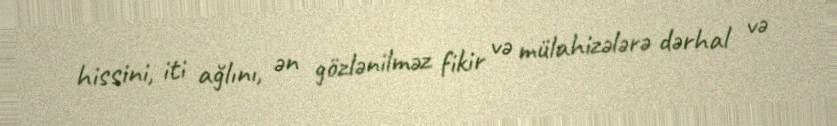
hissini, iti ağlını, ən gözlənilməz fikir və mülahizələrə dərhal və